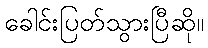
ခေါင်းပြတ်သွားပြီဆို။